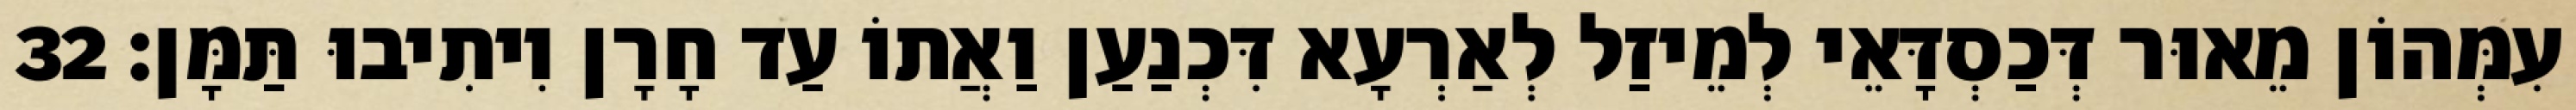
עִמְּהוֹן מֵאוּר דְּכַסְדָּאֵי לְמֵיזַל לְאַרְעָא דִּכְנַעַן וַאֲתוֹ עַד חָרָן וִיתִיבוּ תַּמָּן׃ 32